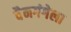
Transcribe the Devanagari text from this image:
वैनगंगेला